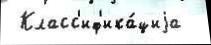
 Класс'иф'ика́циjа